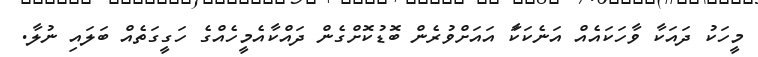
މީހަކު ދައަކާ ވާހަކައެއް އަނެކަކަާ އައަށްވުރެން ބޮޑުކޮށްގެން ދައްކާއެމީހެއްގެ ހަގީގަތެއް ބަލައި ނުލާ.